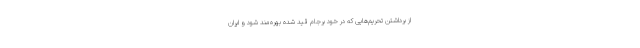
از برداشتن تحریم‌هایی که در خود برجام قید شده بهره‌مند شود و ایران